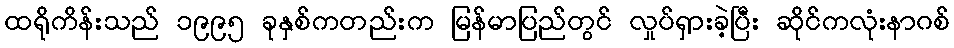
ထရိုကိန်းသည် ၁၉၉၅ ခုနှစ်ကတည်းက မြန်မာပြည်တွင် လှုပ်ရှားခဲ့ပြီး ဆိုင်ကလုံးနာဂစ်